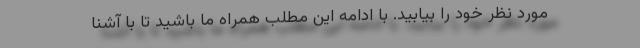
مورد نظر خود را بیابید. با ادامه این مطلب همراه ما باشید تا با آشنا